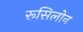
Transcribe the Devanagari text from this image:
रूसिलोन